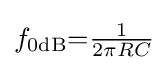
f_{\text{0dB}}{=}{\tfrac {1}{2\pi RC}}